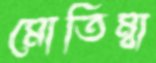
মোতিম্বা